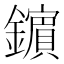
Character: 𨮘